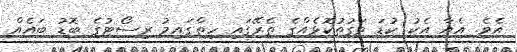
އެވެ. އެއާ އެކު ކުޑަ ވަގުތުކޮޅެއްގެ ތެރޭގައި ހިތްގައިމު ރިސޯޓުގެ ބޮޑު ބައެއް